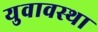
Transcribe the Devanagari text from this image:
युवावस्‍था